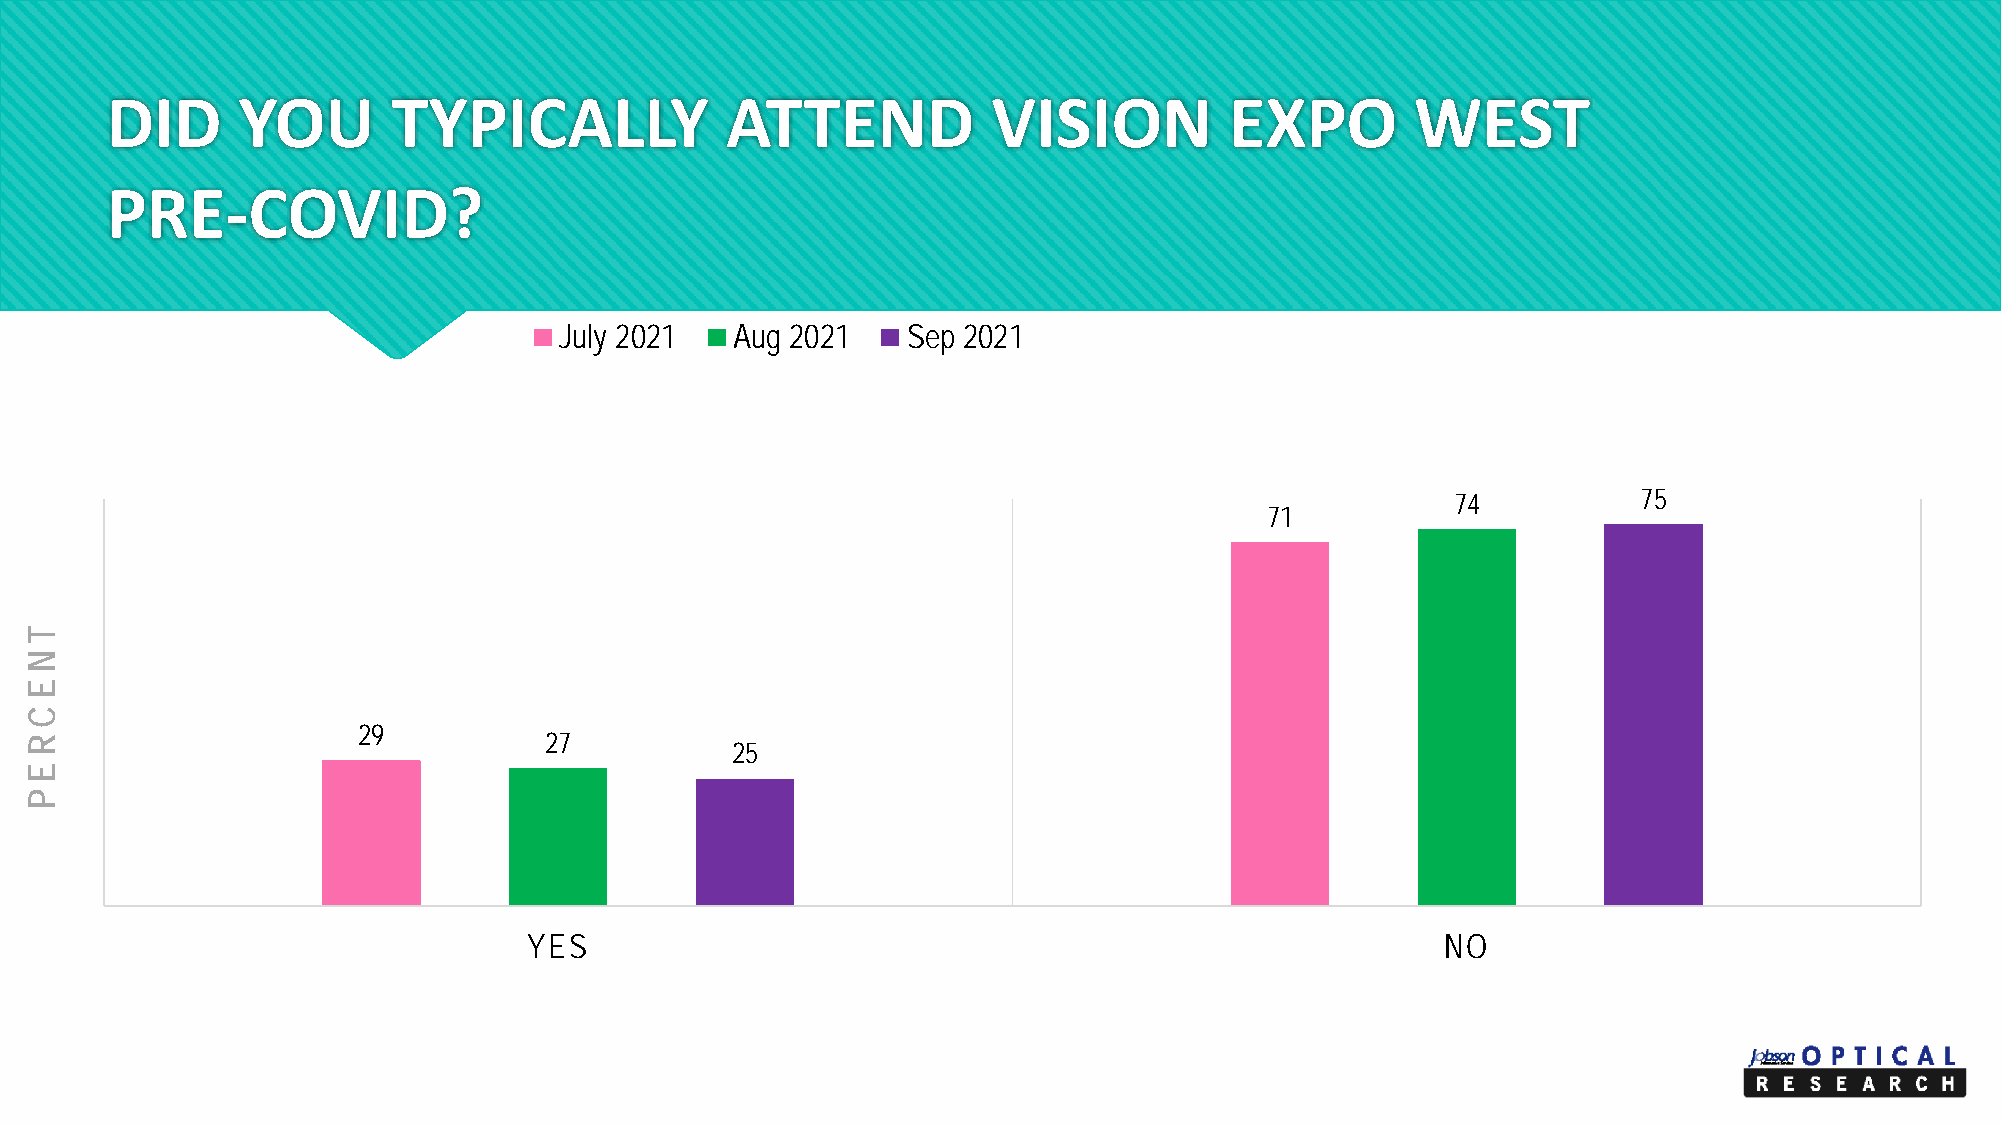
DID      YOU       TYPICALLY             ATTEND            VISION         EXPO         WEST
 PRE-COVID?
 July 2021   Aug 2021   Sep 2021
 74           75
 71
 29
 27
 25
 YES                                                          NO
 T
 NE
 C
 REP